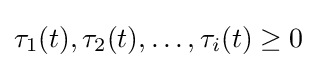
\tau _{1}(t),\tau _{2}(t),\ldots ,\tau _{i}(t)\geq 0